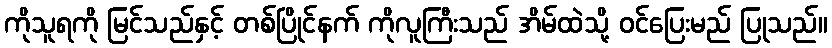
ကိုသူရကို မြင်သည်နှင့် တစ်ပြိုင်နက် ကိုလူကြီးသည် အိမ်ထဲသို့ ဝင်ပြေးမည် ပြုသည်။